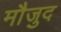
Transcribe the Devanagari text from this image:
माैजुद